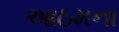
આઠમના